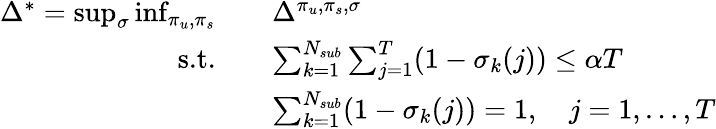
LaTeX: \begin{array}{rl}{\Delta^{*}=\operatorname*{sup}_{\sigma}\operatorname*{inf}_{\pi_{u},\pi_{s}}\quad}&{\Delta^{\pi_{u},\pi_{s},\sigma}}\\ {\textrm{s.t.}\quad}&{\sum_{k=1}^{N_{sub}}\sum_{j=1}^{T}(1-\sigma_{k}(j))\leq\alpha T}\\ &{\sum_{k=1}^{N_{sub}}(1-\sigma_{k}(j))=1,\quad j=1,\ldots,T}\end{array}